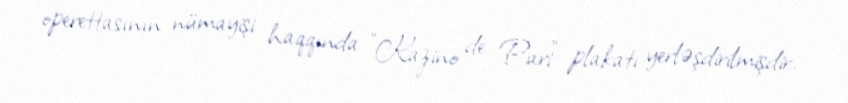
operettasının nümayişi haqqında "Kazino de Pari" plakatı yerləşdirilmişdir.